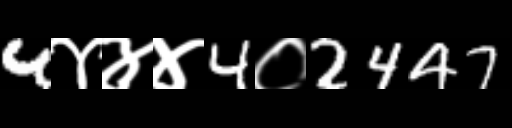
Text: 4४४४4०2447